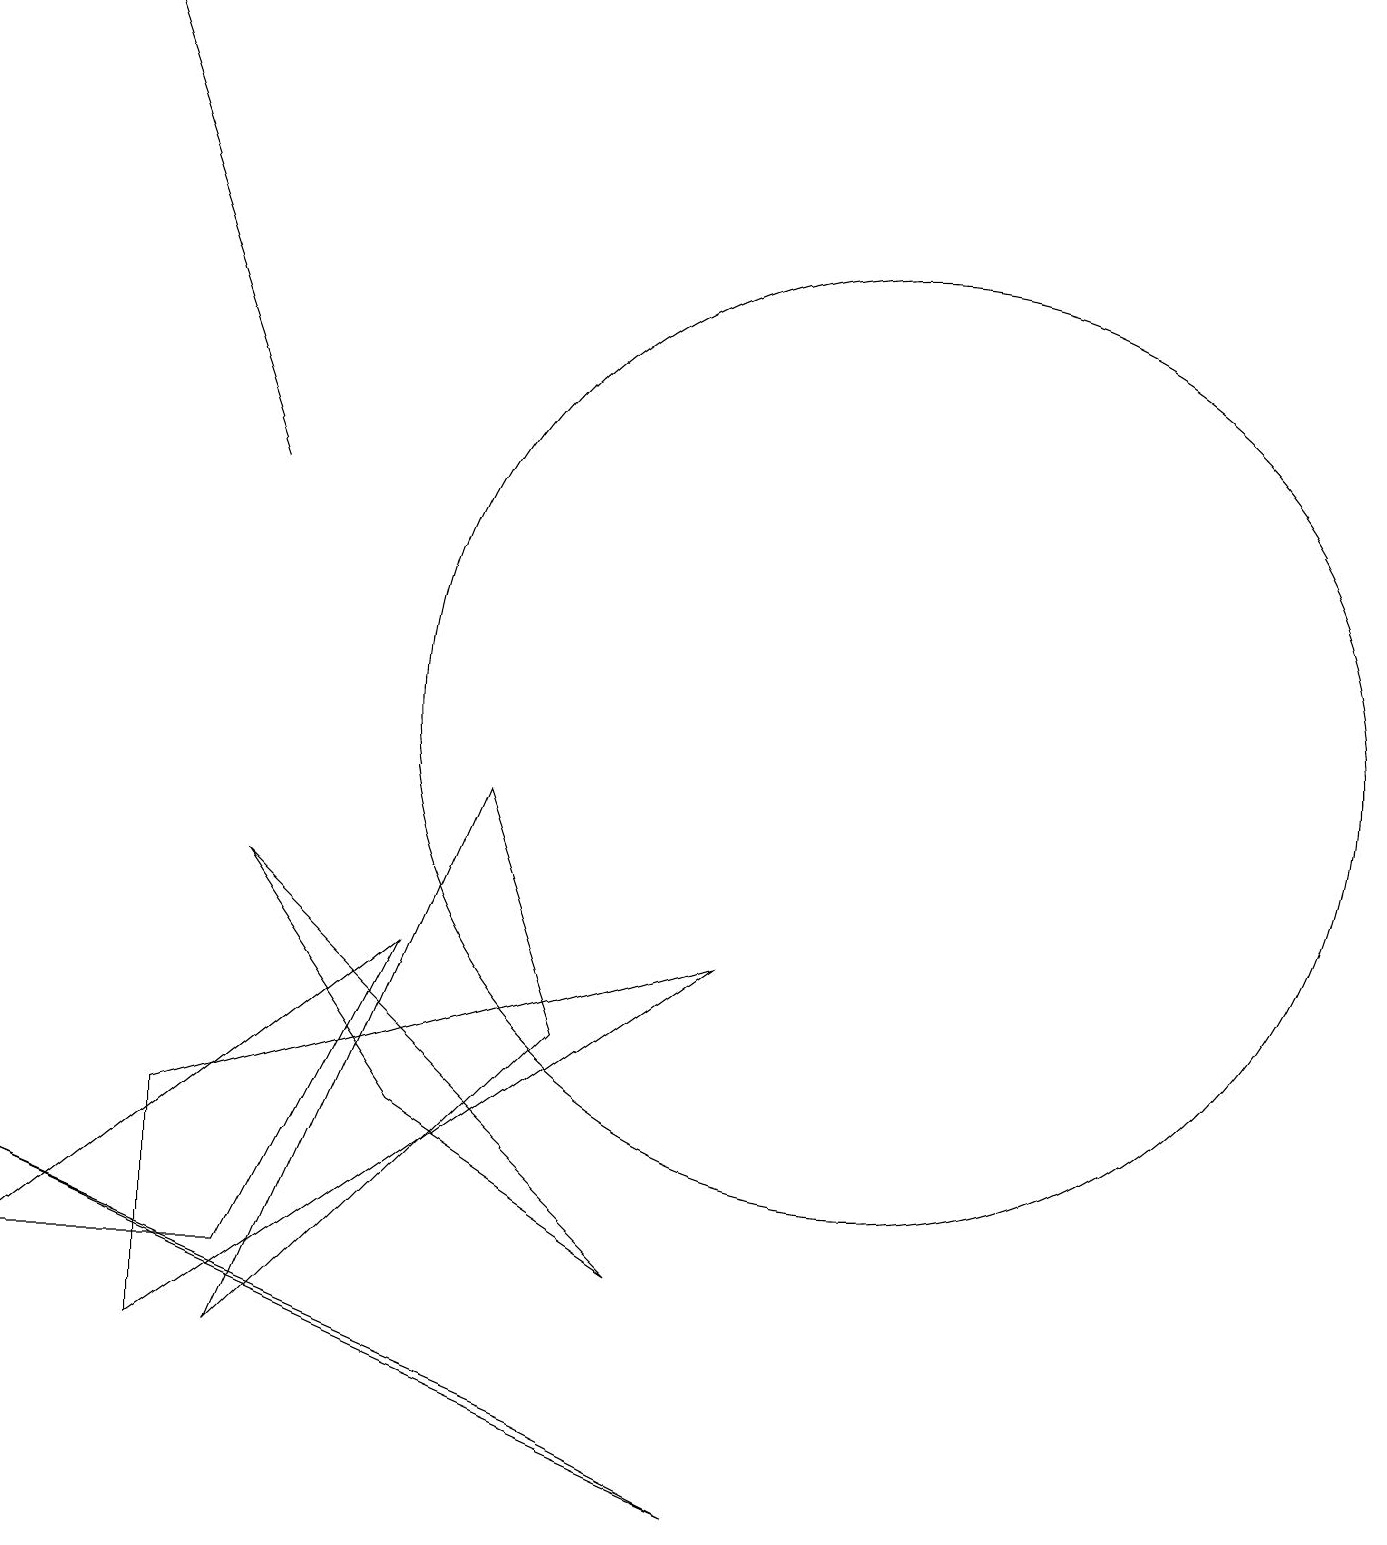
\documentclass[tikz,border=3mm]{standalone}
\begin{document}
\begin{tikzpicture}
\draw (7,1) -- (0,4) -- (9,0) -- cycle;
\draw[->] (3,13) -- (1,19);
\draw (3,8) -- (8,3) -- (5,5) -- cycle;
\draw (6,9) -- (3,2) -- (7,6) -- cycle;
\draw (3,3) -- (0,3) -- (5,7) -- cycle;
\draw (11,10) circle (6);
\draw (9,7) -- (2,2) -- (2,5) -- cycle;
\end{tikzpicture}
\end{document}